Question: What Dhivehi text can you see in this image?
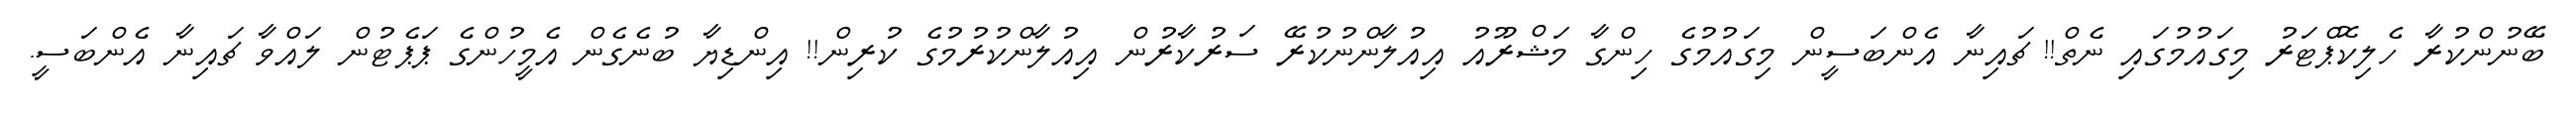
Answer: ބޭނުންކުރާ ހެލިކޮޕްޓަރު މިގައުމުގައި ނެތް!! ޗައިނާ އެންބަސީން މިގައުމުގެ ހިންގާ މަޝްރޫއު އިއުލާންނުކުރޭ ސަރުކާރުން އިއުލާންކުރުމުގެ ކުރިން!! އިންޑިޔާ ބުނެގެން އެމީހުންގެ ޕަޕެޓުން ލައްވާ ޗައިނާ އެންބަސީ.